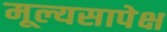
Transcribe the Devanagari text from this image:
मूल्यसापेक्ष